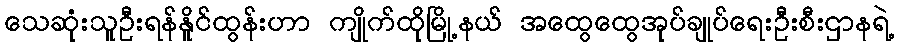
သေဆုံးသူဦးရန်နိူင်ထွန်းဟာ ကျိုက်ထိုမြို့နယ် အထွေထွေအုပ်ချုပ်ရေးဦးစီးဌာနရဲ့